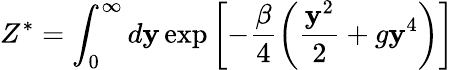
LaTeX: Z^{*}=\int_{0}^{\infty}d\mathbf{y}\exp\left[-\frac{{\beta}}{{4}}\left(\frac{{\mathbf{y}^{2}}}{{2}}+g\mathbf{y}^{4}\right)\right]